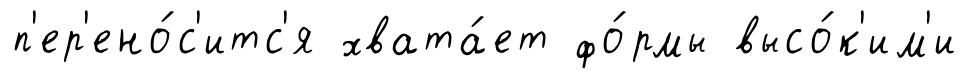
п'ер'ено́с'итс'я хвата́ет фо́рмы высо́к'им'и